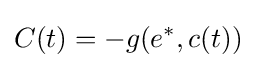
C(t)=-g(e^{*},c(t))